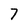
Character: 7